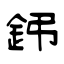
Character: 鈟